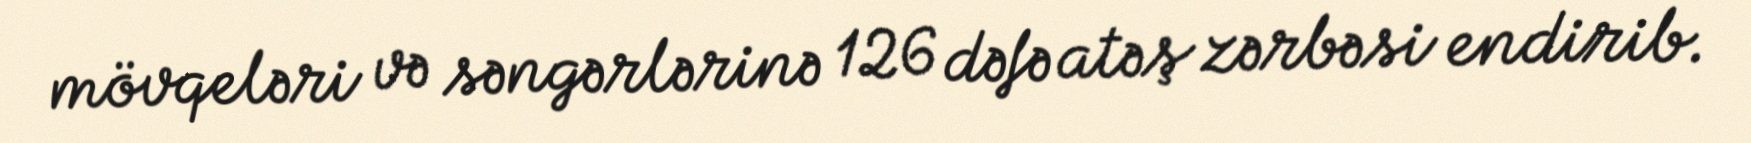
mövqeləri və səngərlərinə 126 dəfə atəş zərbəsi endirib.